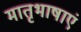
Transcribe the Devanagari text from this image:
मातृभाषाएं